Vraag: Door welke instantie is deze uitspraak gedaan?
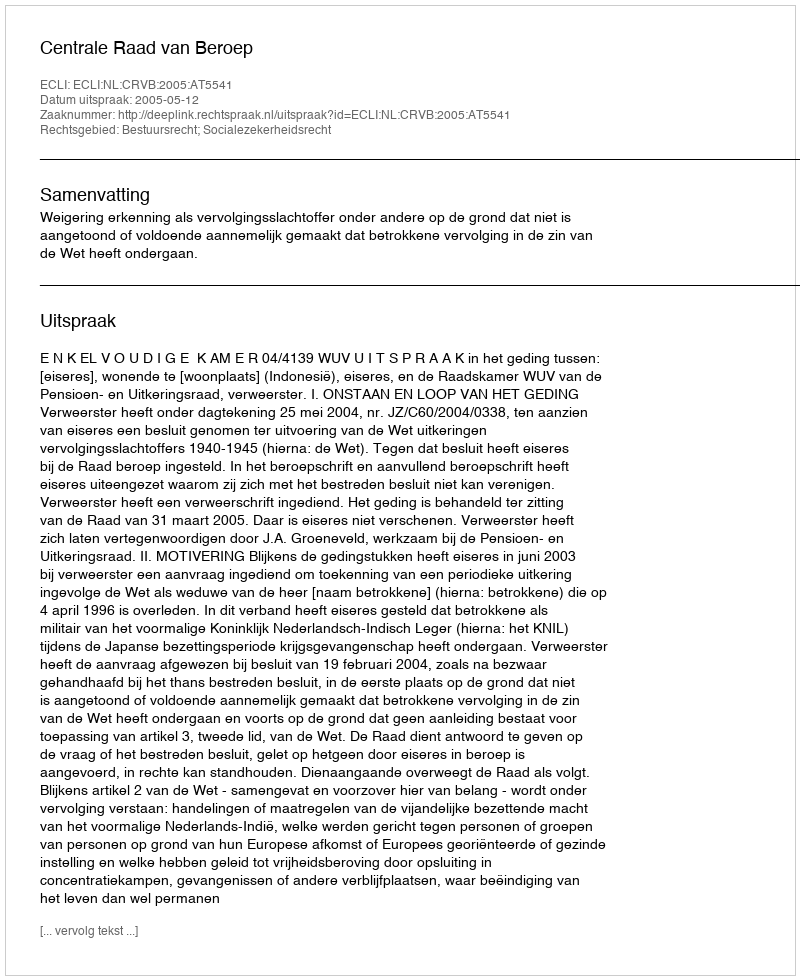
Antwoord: Centrale Raad van Beroep